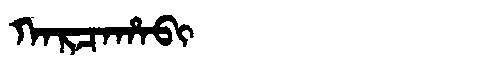
Manchu: ᡴᠠᡵᠴᠠᡥᠠᠪᡳ
Romanization: KARCAHABI